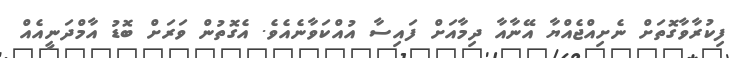
ފިކުރާވާގޮތަށް ނެށިއްޖެއްޔާ އޭނާއާ ދިމާއަށް ފައިސާ އުއްކަވާނެއެވެ. އެގޮތުން ވަރަށް ބޮޑު އާމްދަނީއެއް